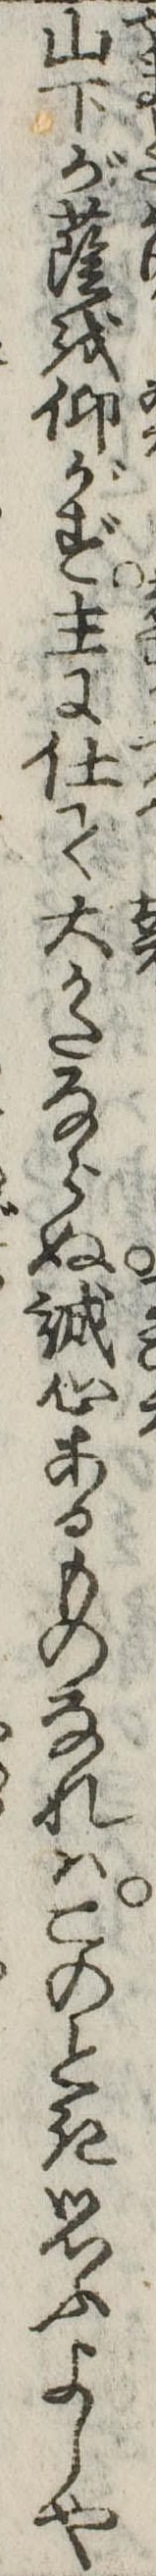
山下が蔭を仰がず主に仕て大かたならぬ誠心あるものなれはこのとき思ふよしや